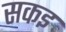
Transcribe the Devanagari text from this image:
सकइ